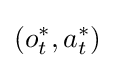
(o_{t}^{*},a_{t}^{*})